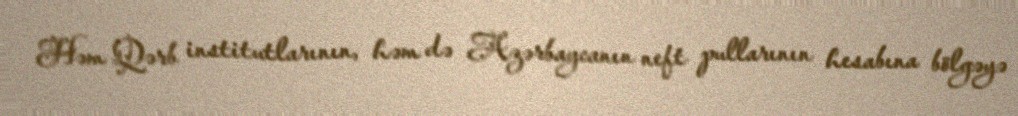
Həm Qərb institutlarının, həm də Azərbaycanın neft pullarının hesabına bölgəyə